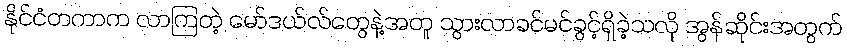
နိုင်ငံတကာက လာကြတဲ့ မော်ဒယ်လ်တွေနဲ့အတူ သွားလာခင်မင်ခွင့်ရှိခဲ့သလို အွန်ဆိုင်းအတွက်